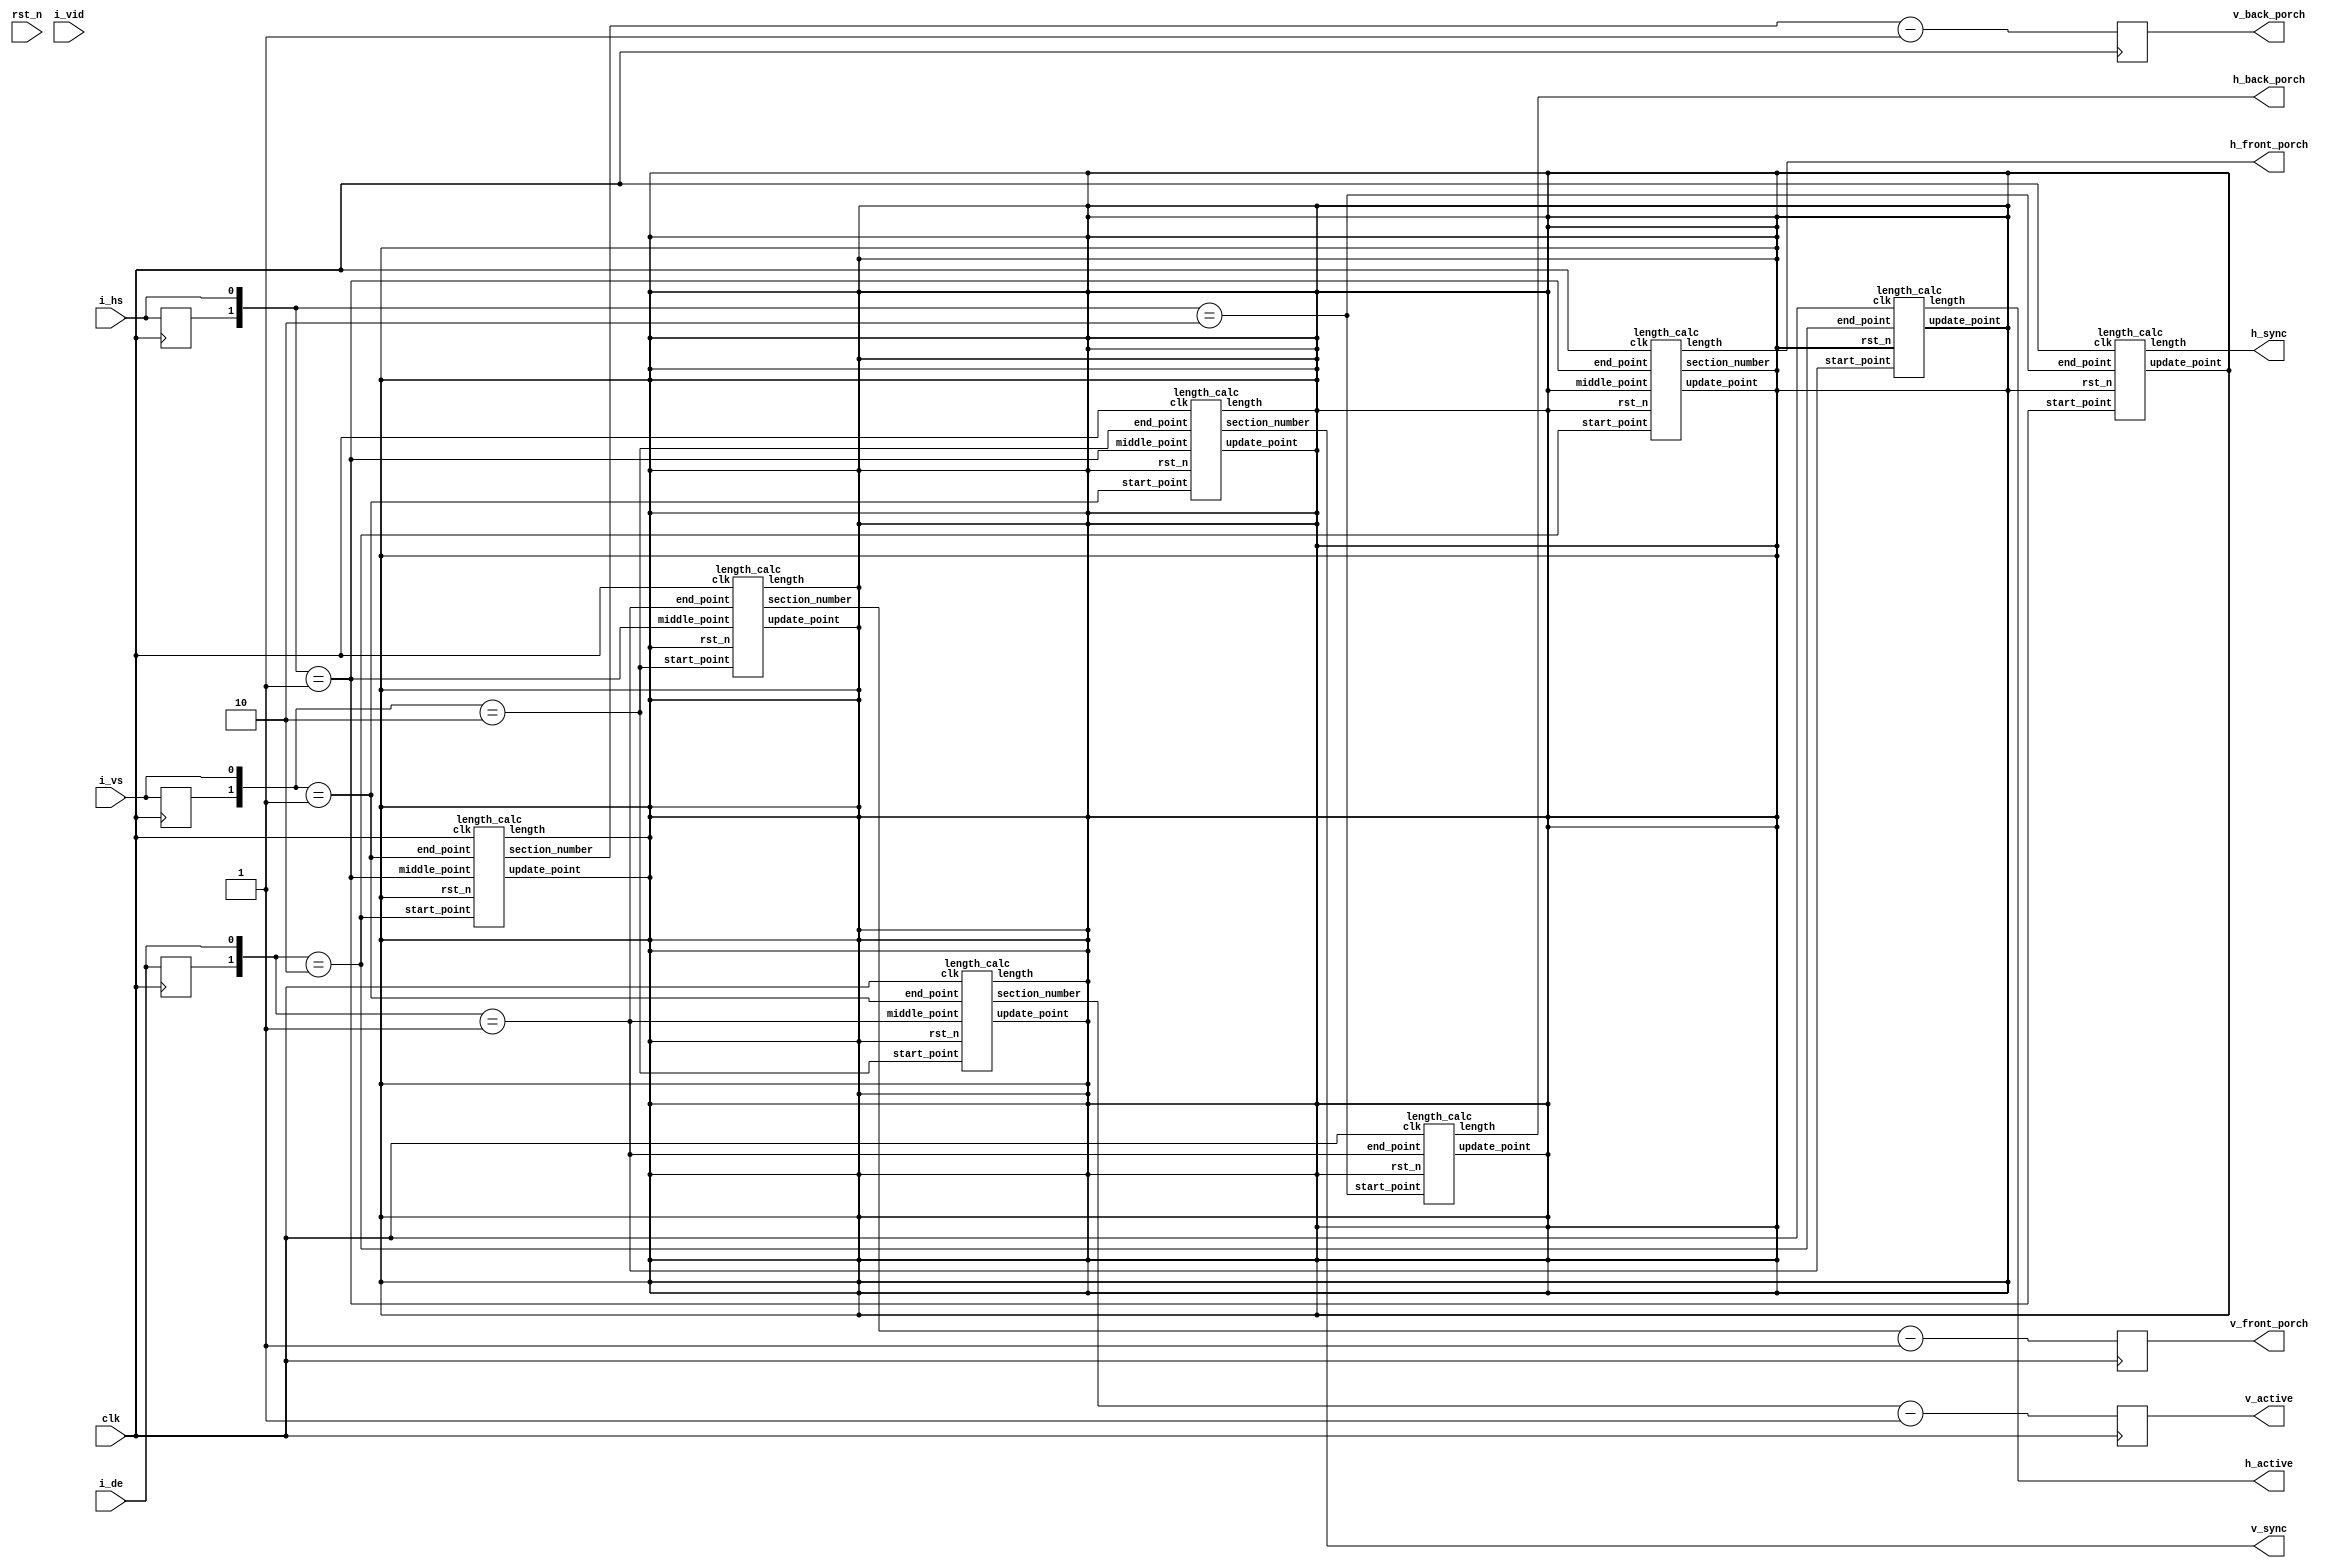

module timing_detec(
    input clk,
    input rst_n,
    input i_hs,
    input i_vs,
    input i_de,
    input [63:0] i_vid,

    output [12:0] h_sync,
    output [12:0] h_back_porch,
    output [12:0] h_front_porch,
    output [12:0] h_active,
    output reg [12:0] v_active ='d0,
    output [12:0] v_sync,
    output reg [12:0] v_back_porch = 'd0,
    output reg [12:0] v_front_porch = 'd0
);

wire pos_hs;
wire neg_hs;
wire pos_vs;
wire neg_vs;
wire pos_de;
wire neg_de;
reg vs_r0 = 1'b0;
reg hs_r0 = 1'b0;
reg de_r0 = 1'b0;
wire [12:0] w_v_front_porch;
wire [12:0] w_v_back_porch ;
wire [12:0] w_v_active ;
assign pos_vs = {vs_r0,i_vs} == 2'b01;
assign neg_vs = {vs_r0,i_vs} == 2'b10;
assign pos_hs = {hs_r0,i_hs} == 2'b01;
assign neg_hs = {hs_r0,i_hs} == 2'b10;
assign pos_de = {de_r0,i_de} == 2'b01;
assign neg_de = {de_r0,i_de} == 2'b10;

always @( posedge clk )
begin
    vs_r0 <= i_vs;
end 

always@( posedge clk )
begin
    hs_r0 <= i_hs;
end 

always@( posedge clk )
begin
    de_r0 <= i_de;
end 


 length_calc u_h_sync(
    /*i*/.clk           (clk ),
    /*i*/.rst_n         (),
    /*i*/.start_point   (pos_hs),
    /*o*/.end_point     (neg_hs),
    /*o*/.length        (h_sync),
    /*o*/.update_point()

);

 length_calc u_h_active(
    /*i*/.clk           (clk ),
    /*i*/.rst_n         (),
    /*i*/.start_point   (pos_de),
    /*o*/.end_point     (neg_de),
    /*o*/.length        (h_active ),
    /*o*/.update_point()

);


 length_calc u_h_backporch(
    /*i*/.clk           (clk ),
    /*i*/.rst_n         (),
    /*i*/.start_point   (neg_hs),
    /*o*/.end_point     (pos_de),
    /*o*/.length        (h_back_porch ),
    /*o*/.update_point()

);

 length_calc u_h_frontporch(
    /*i*/.clk           (clk ),
    /*i*/.rst_n         (),
    /*i*/.start_point   (neg_de),
    /*i*/.middle_point  (),
    /*o*/.end_point     (pos_hs),
    /*o*/.length        (h_front_porch ),
    /*o*/.section_number(),
    /*o*/.update_point()

);
//================================================================
 length_calc u_v_sync(
    /*i*/.clk           (clk ),
    /*i*/.rst_n         (),
    /*i*/.start_point   (pos_vs),
    /*i*/.middle_point  (pos_hs),
    /*o*/.end_point     (neg_vs),
    /*o*/.length        ( ),
    /*o*/.section_number(v_sync),
    /*o*/.update_point()

);

 length_calc u_v_active(
    /*i*/.clk           (clk ),
    /*i*/.rst_n         (),
    /*i*/.start_point   (neg_vs),
    /*i*/.middle_point  (pos_de),
    /*o*/.end_point     (pos_vs),
    /*o*/.length        (), 
    /*o*/.section_number(w_v_active),
    /*o*/.update_point()

);
always @( posedge clk )
begin
    v_active <= w_v_active -1'b1;
    v_front_porch <= w_v_front_porch -1'b1;
    v_back_porch <= w_v_back_porch -1'b1;
end 

 length_calc u_v_backporch(
    /*i*/.clk           (clk ),
    /*i*/.rst_n         (),
    /*i*/.start_point   (neg_vs),
    /*i*/.middle_point  (pos_hs),
    /*o*/.end_point     (pos_de),
    /*o*/.length        ( ),
    /*o*/.section_number(w_v_front_porch),
    /*o*/.update_point()

);


 length_calc u_v_frontporch(
    /*i*/.clk           (clk ),
    /*i*/.rst_n         (),
    /*i*/.start_point   (neg_de),
    /*i*/.middle_point  (pos_hs),
    /*o*/.end_point     (pos_vs),
    /*o*/.length        ( ),
    /*o*/.section_number(w_v_back_porch),
    /*o*/.update_point()

);






endmodule
//============================================================================  
//    -------------------------------------------------- 
//    |                                                |                    calculate the length of the high level
// ---                                                 ----------------
//================================================================--------------------          
module length_calc(
    input clk ,
    input rst_n,
    input start_point,
    input middle_point,
    input end_point,
    output reg [12:0] length ='d0,
    output reg [12:0] section_number = 'd0,
    output reg update_point = 'd0

);
reg [12:0] cnt = 'd0;
reg [12:0] sec_cnt = 'd0;
reg end_flag = 'd0;
wire invalid_time ;
reg cnt_flag = 'd0;
    always @( posedge clk )
begin
    if( start_point )
        cnt  <= 1;
    else if( cnt_flag & ~end_point )
        cnt <= cnt + 1;
end 

always @( posedge clk )
begin
    cnt_flag <= start_point ? 1'b1: (end_point ? 1'b0 : cnt_flag);
end 

always @( posedge clk )
begin
    if( end_point )
        length <= cnt ;       
end 
always @( posedge clk )
begin
    update_point <= end_point;
end 

always @( posedge clk )
begin
    if( start_point )
        sec_cnt <= 'd1;
    else if( middle_point & ~invalid_time)
        sec_cnt <= sec_cnt + 1'b1;
end 

always @(posedge clk ) 
begin
    if( end_point )
        section_number <= sec_cnt;
end

always @( posedge clk )
begin
    if(end_point) 
            end_flag <= 1'b1;
    else if( start_point )
            end_flag <= 1'b0;
end 
assign  invalid_time = end_flag || end_point ;

endmodule